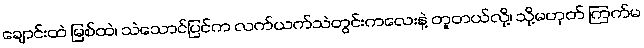
ချောင်းထဲ မြစ်ထဲ၊ သဲသောင်ပြင်က လက်ယက်သဲတွင်းကလေးနဲ့ တူတယ်လို့၊ သို့မဟုတ် ကြက်မ